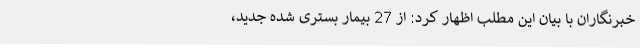
خبرنگاران با بیان این مطلب اظهار کرد: از 27 بیمار بستری شده جدید،